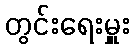
တွင်းရေးမှူး